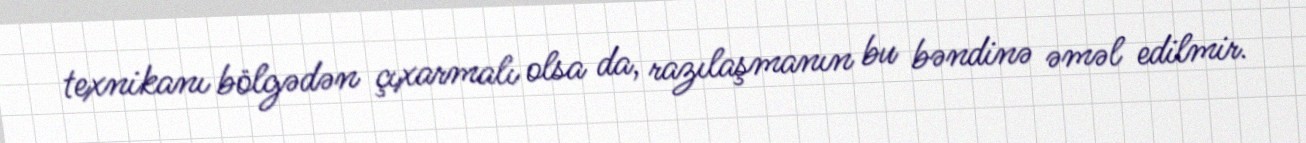
texnikanı bölgədən çıxarmalı olsa da, razılaşmanın bu bəndinə əməl edilmir.